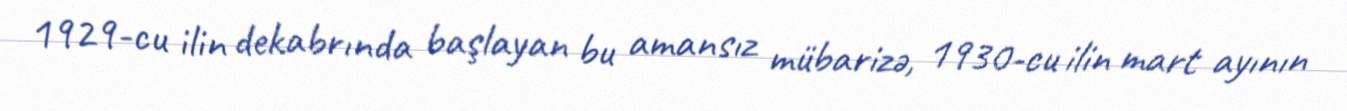
1929-cu ilin dekabrında başlayan bu amansız mübarizə, 1930-cu ilin mart ayının